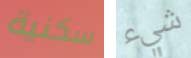
سكنية شيء